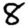
Digit: 8